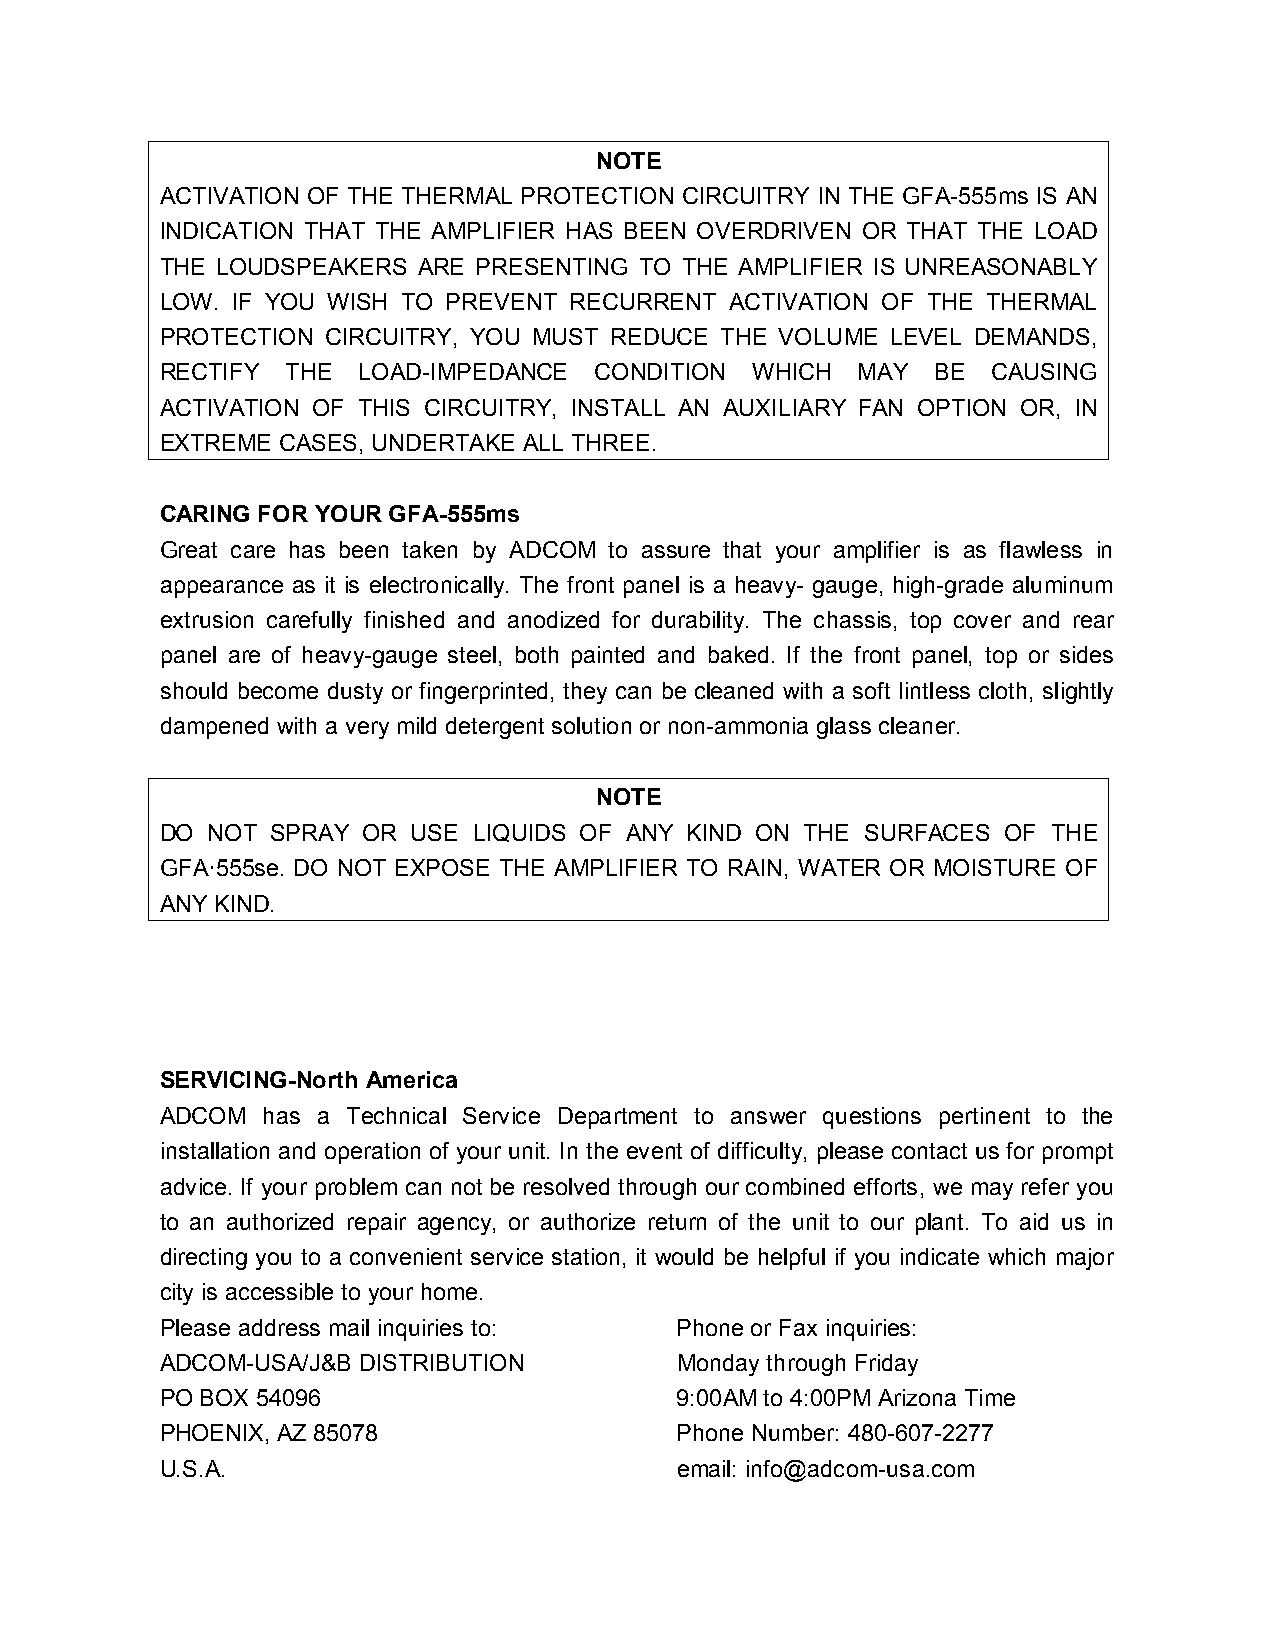
NOTE
 ACTIVATION OF THE THERMAL PROTECTION CIRCUITRY IN THE GFA-555ms IS AN
 INDICATION THAT THE AMPLIFIER HAS BEEN OVERDRIVEN OR THAT THE LOAD
 THE LOUDSPEAKERS ARE PRESENTING TO THE AMPLIFIER IS UNREASONABLY
 LOW. IF YOU WISH TO PREVENT RECURRENT ACTIVATION OF THE THERMAL
 PROTECTION CIRCUITRY, YOU MUST REDUCE THE VOLUME LEVEL DEMANDS,
 RECTIFY THE  LOAD-IMPEDANCE CONDITION  WHICH  MAY  BE  CAUSING
 ACTIVATION OF THIS CIRCUITRY, INSTALL AN AUXILIARY FAN OPTION OR, IN
 EXTREME CASES, UNDERTAKE ALL THREE.
 CARING FOR YOUR GFA-555ms
 Great care has been taken by ADCOM to assure that your amplifier is as flawless in
 appearance as it is electronically. The front panel is a heavy- gauge, high-grade aluminum
 extrusion carefully finished and anodized for durability. The chassis, top cover and rear
 panel are of heavy-gauge steel, both painted and baked. If the front panel, top or sides
 should become dusty or fingerprinted, they can be cleaned with a soft Iintless cloth, slightly
 dampened with a very mild detergent solution or non-ammonia glass cleaner.
 NOTE
 DO NOT SPRAY OR USE LIQUIDS OF ANY KIND ON THE SURFACES OF THE
 GFA555se. DO NOT EXPOSE THE AMPLIFIER TO RAIN, WATER OR MOISTURE OF
 ANY KIND.
 SERVICING-North America
 ADCOM has a Technical Service Department to answer questions pertinent to the
 installation and operation of your unit. In the event of difficulty, please contact us for prompt
 advice. If your problem can not be resolved through our combined efforts, we may refer you
 to an authorized repair agency, or authorize return of the unit to our plant. To aid us in
 directing you to a convenient service station, it would be helpful if you indicate which major
 city is accessible to your home.
 Please address mail inquiries to: Phone or Fax inquiries:
 ADCOM-USA/J&B DISTRIBUTION        Monday through Friday
 PO BOX 54096                      9:00AM to 4:00PM Arizona Time
 PHOENIX, AZ 85078                 Phone Number: 480-607-2277
 U.S.A.                            email: info@adcom-usa.com